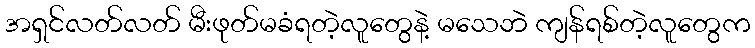
အရှင်လတ်လတ် မီးဖုတ်မခံရတဲ့လူတွေနဲ့ မသေဘဲ ကျန်ရစ်တဲ့လူတွေက